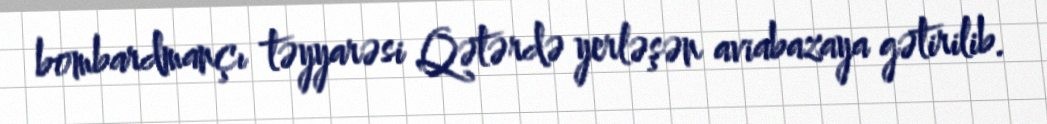
bombardmançı təyyarəsi Qətərdə yerləşən aviabazaya gətirilib.